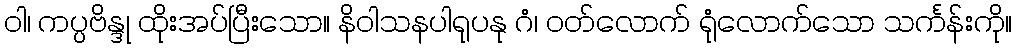
ဝါ၊ ကပ္ပဗိန္ဒု ထိုးအပ်ပြီးသော။ နိဝါသနပါရုပနု ဂံ၊ ဝတ်လောက် ရုံလောက်သော သင်္ကန်းကို။